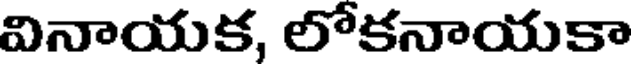
వినాయక, లోకనాయకా